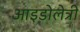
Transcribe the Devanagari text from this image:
आइडोलेत्री